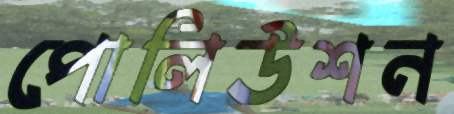
পোলিউশন